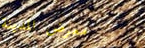
معرض المدينة